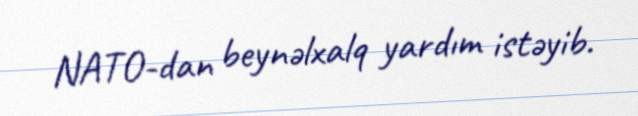
NATO-dan beynəlxalq yardım istəyib.